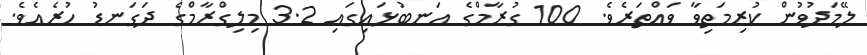
ލޭމަދުވުން ކުރިމަތިވާ ވައްތަރެވެ. 100 ގުރާމްގެ އަނބުޅައިގައި 3.2 މިލިގްރާމްގެ ދަގަނޑު ހުރެއެވެ.